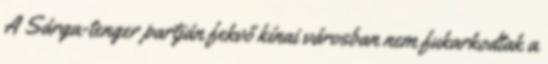
A Sárga-tenger partján fekvő kínai városban nem fukarkodtak a